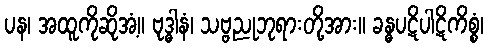
ပန၊ အထူကိုဆိုအံ့။ ဗုဒ္ဓါနံ၊ သဗ္ဗညုဘုရားတို့အား။ ခန္ဓပဋိပါဋိကိစ္စံ၊